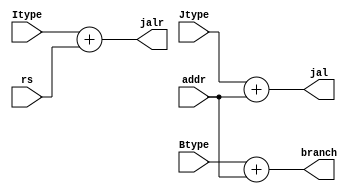
`timescale 1ns / 1ps
//////////////////////////////////////////////////////////////////////////////////
// Company: 
// 
// Design Name: 
// Module Name: branch_addr_gen
// Project Name: 
// Target Devices: 
// Tool Versions: 
// Description: 
// 
// Dependencies: 
// 
// Revision:
// Revision 0.01 - File Created
// Additional Comments:
// 
//////////////////////////////////////////////////////////////////////////////////

module branch_addr_gen(
    input [31:0] addr,
    input [31:0] rs,
    input [31:0] Itype,
    input [31:0] Btype,
    input [31:0] Jtype,
    output [31:0] jal,
    output [31:0] branch,
    output [31:0] jalr
    );
    
    //assigning jal address 
    assign jal = Jtype + addr;
    
    //assigning jalr address
    assign jalr = Itype + rs;
    
    //assigning branch address
    assign branch = Btype + addr;

endmodule